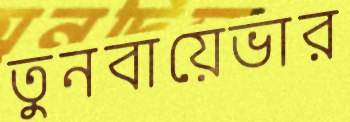
তুনবায়েভার